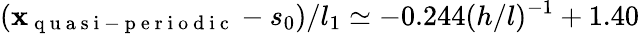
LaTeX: (\mathbf{x}_{\mathrm{{~q~u~a~s~i~-~p~e~r~i~o~d~i~c~}}}-s_{0})/l_{1}\simeq-0.244(h/l)^{-1}+1.40